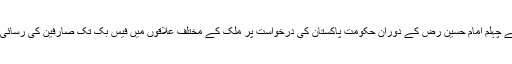
امن و امان کو مدنظر رکھتے ہوئے چہلم امام حسین رض کے دوران حکومت پاکستان کی درخواست پر ملک کے مختلف علاقوں میں فیس بک تک صارفین کی رسائی عارضی طور پر معطل کی گئی۔